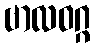
ဗာလဝဂ္ဂ